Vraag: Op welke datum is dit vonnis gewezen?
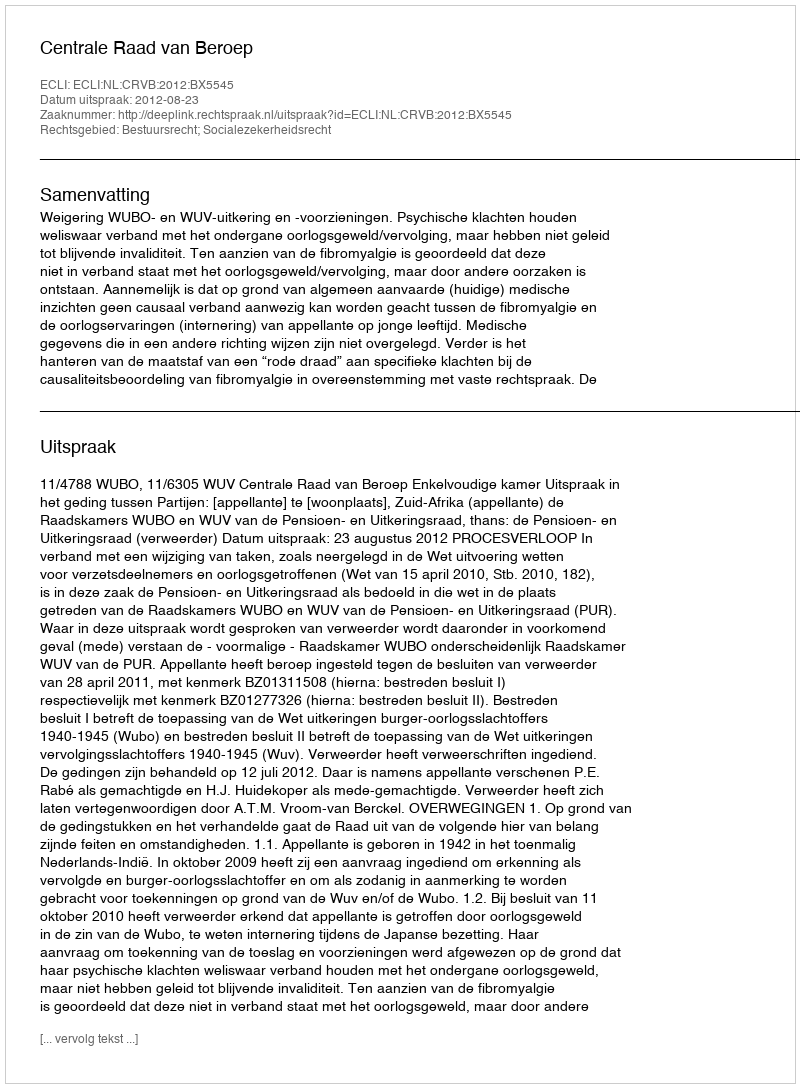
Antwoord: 2012-08-23